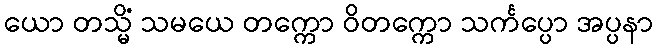
ယော တသ္မိံ သမယေ တက္ကော ဝိတက္ကော သင်္ကပ္ပော အပ္ပနာ